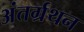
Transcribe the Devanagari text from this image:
अंतर्ग्रथन